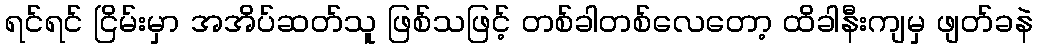
ရင်ရင် ငြိမ်းမှာ အအိပ်ဆတ်သူ ဖြစ်သဖြင့် တစ်ခါတစ်လေတော့ ထိခါနီးကျမှ ဖျတ်ခနဲ